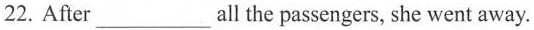
22. After___all the passengers, she went away.